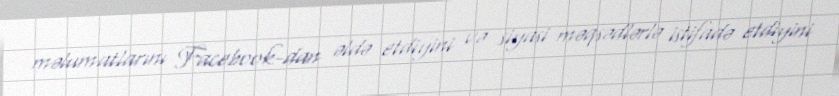
məlumatlarını Facebook-dan əldə etdiyini və siyasi məqsədlərlə istifadə etdiyini